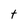
Character: t